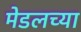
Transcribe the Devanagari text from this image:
मेडलच्या